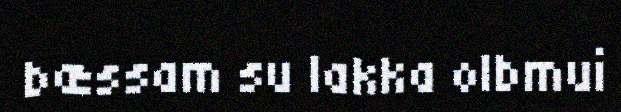
bæssam su lakka olbmui